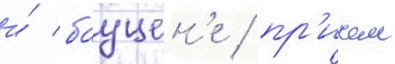
и́ бауцен'е / пр'ичем